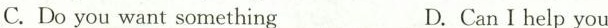
C. Do you want something D. Can I help you